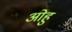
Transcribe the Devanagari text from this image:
ओहु